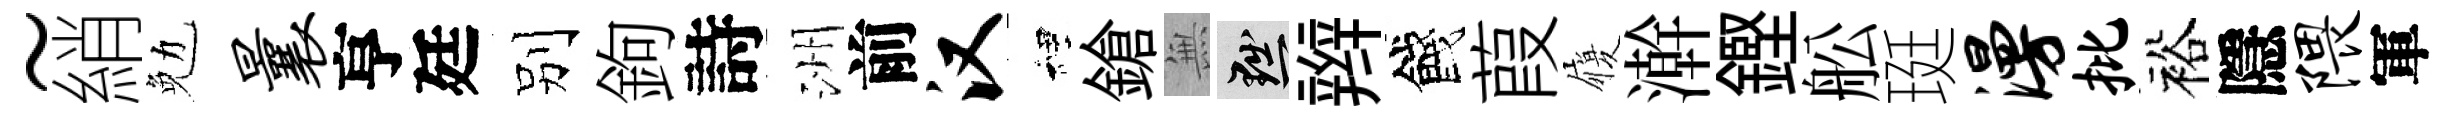
~綃勉曩亨廷别鉤詩洲前汉裡鎗𭴾黜辫餞葭履澣鏗舩珽漫批裕隱隈軍